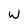
Character: W